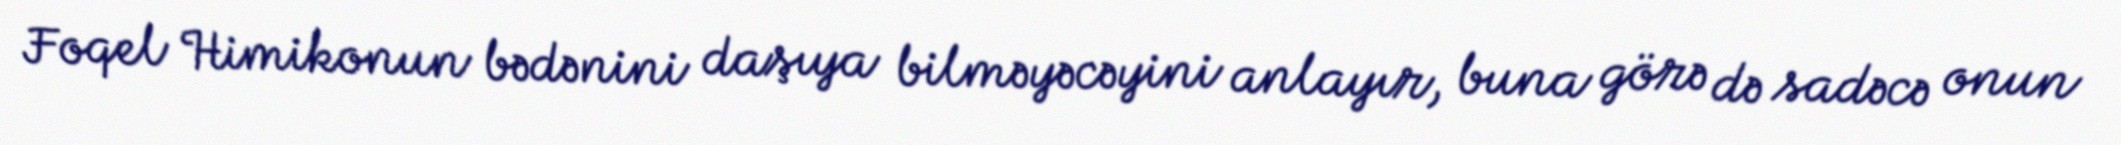
Foqel Himikonun bədənini daşıya bilməyəcəyini anlayır, buna görə də sadəcə onun